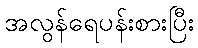
အလွန်ရေပန်းစားပြီး